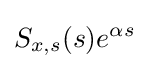
S_{x,s}(s)e^{\alpha s}